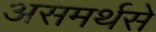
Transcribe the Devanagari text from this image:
असमर्थसे